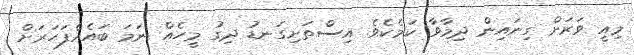
މިއީ ވަރަށް ގިނައިން ދިމާވާ ކަމެކެވެ. އިސްތަށިގަނޑު ދިގު މީހެއް ނަމަ ބައެއްފަހަރަށް